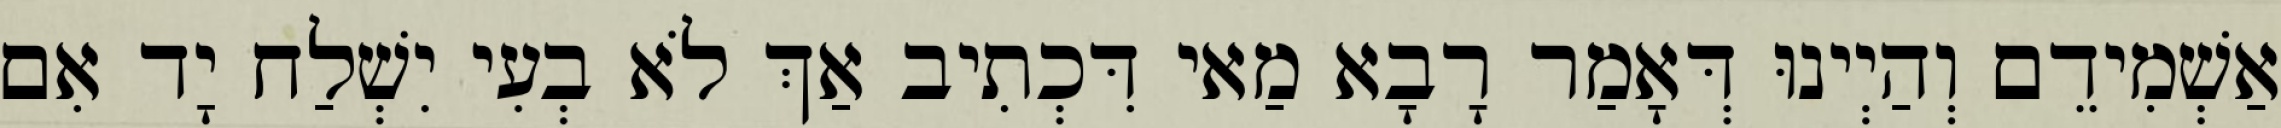
אַשְׁמִידֵם וְהַיְינוּ דְּאָמַר רָבָא מַאי דִּכְתִיב אַךְ לֹא בְעִי יִשְׁלַח יָד אִם